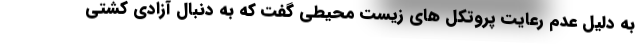
به دلیل عدم رعایت پروتکل های زیست محیطی گفت که به دنبال آزادی کشتی